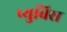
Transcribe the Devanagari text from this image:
प्युबिस